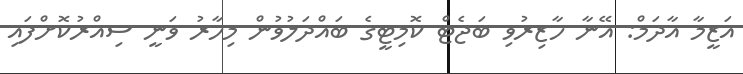
އަޒީމާ އާދަމް: އޭނާ ހާޒިރުވި ބަޖެޓް ކޮމިޓީގެ ބައްދަލުވުން މިހާރު ވަނީ ސިއްރުކޮށްފައި